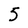
Character: 5